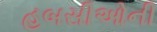
હબસીઓની